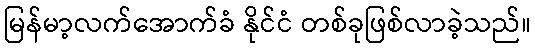
မြန်မာ့လက်အောက်ခံ နိုင်ငံ တစ်ခုဖြစ်လာခဲ့သည်။